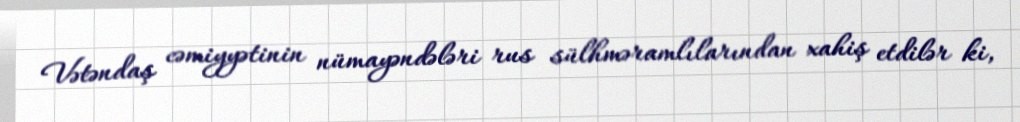
Vətəndaş cəmiyyətinin nümayəndələri rus sülhməramlılarından xahiş etdilər ki,